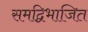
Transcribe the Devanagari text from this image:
समद्विभाजित